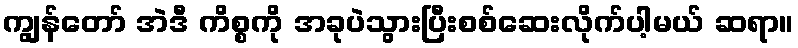
ကျွန်တော် အဲဒီ ကိစ္စကို အခုပဲသွားပြီးစစ်ဆေးလိုက်ပါ့မယ် ဆရာ။